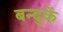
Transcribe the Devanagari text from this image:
बन्दुकें